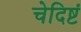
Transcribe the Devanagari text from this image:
चेदिष्टं